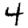
Digit: 4